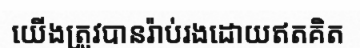
យើងត្រូវបានរ៉ាប់រងដោយឥតគិត